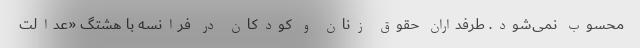
محسوب نمی‌شود. طرفداران حقوق زنان و کودکان در فرانسه با هشتگ «عدالت